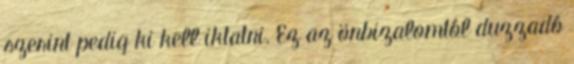
szerint pedig ki kell iktatni. Ez az önbizalomtól duzzadó